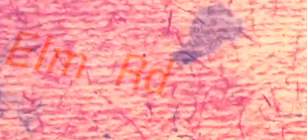
Elm Rd